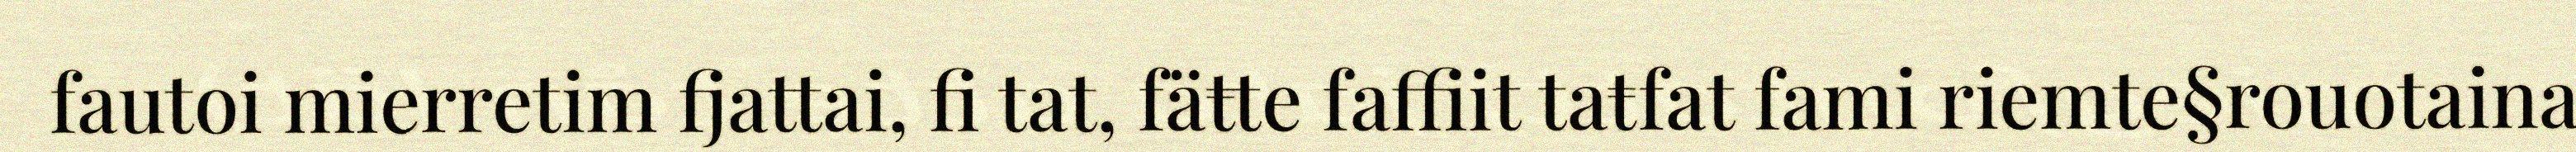
fautoi mierretim fjattai, fi tat, fäŧte faffiit taŧfat fami riemte§rouotaina